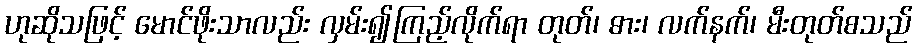
ဟုဆိုသဖြင့် မောင်ဖိုးသာလည်း လှမ်း၍ကြည့်လိုက်ရာ တုတ်၊ ဓား၊ လက်နက်၊ မီးတုတ်စသည်